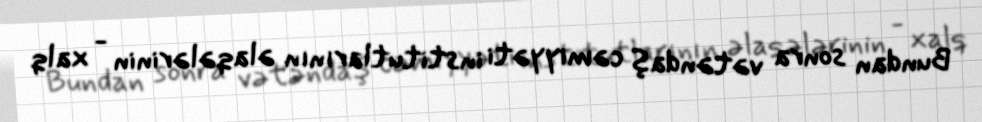
Bundan sonra vətəndaş cəmiyyəti institutlarının əlaqələrinin - xalq